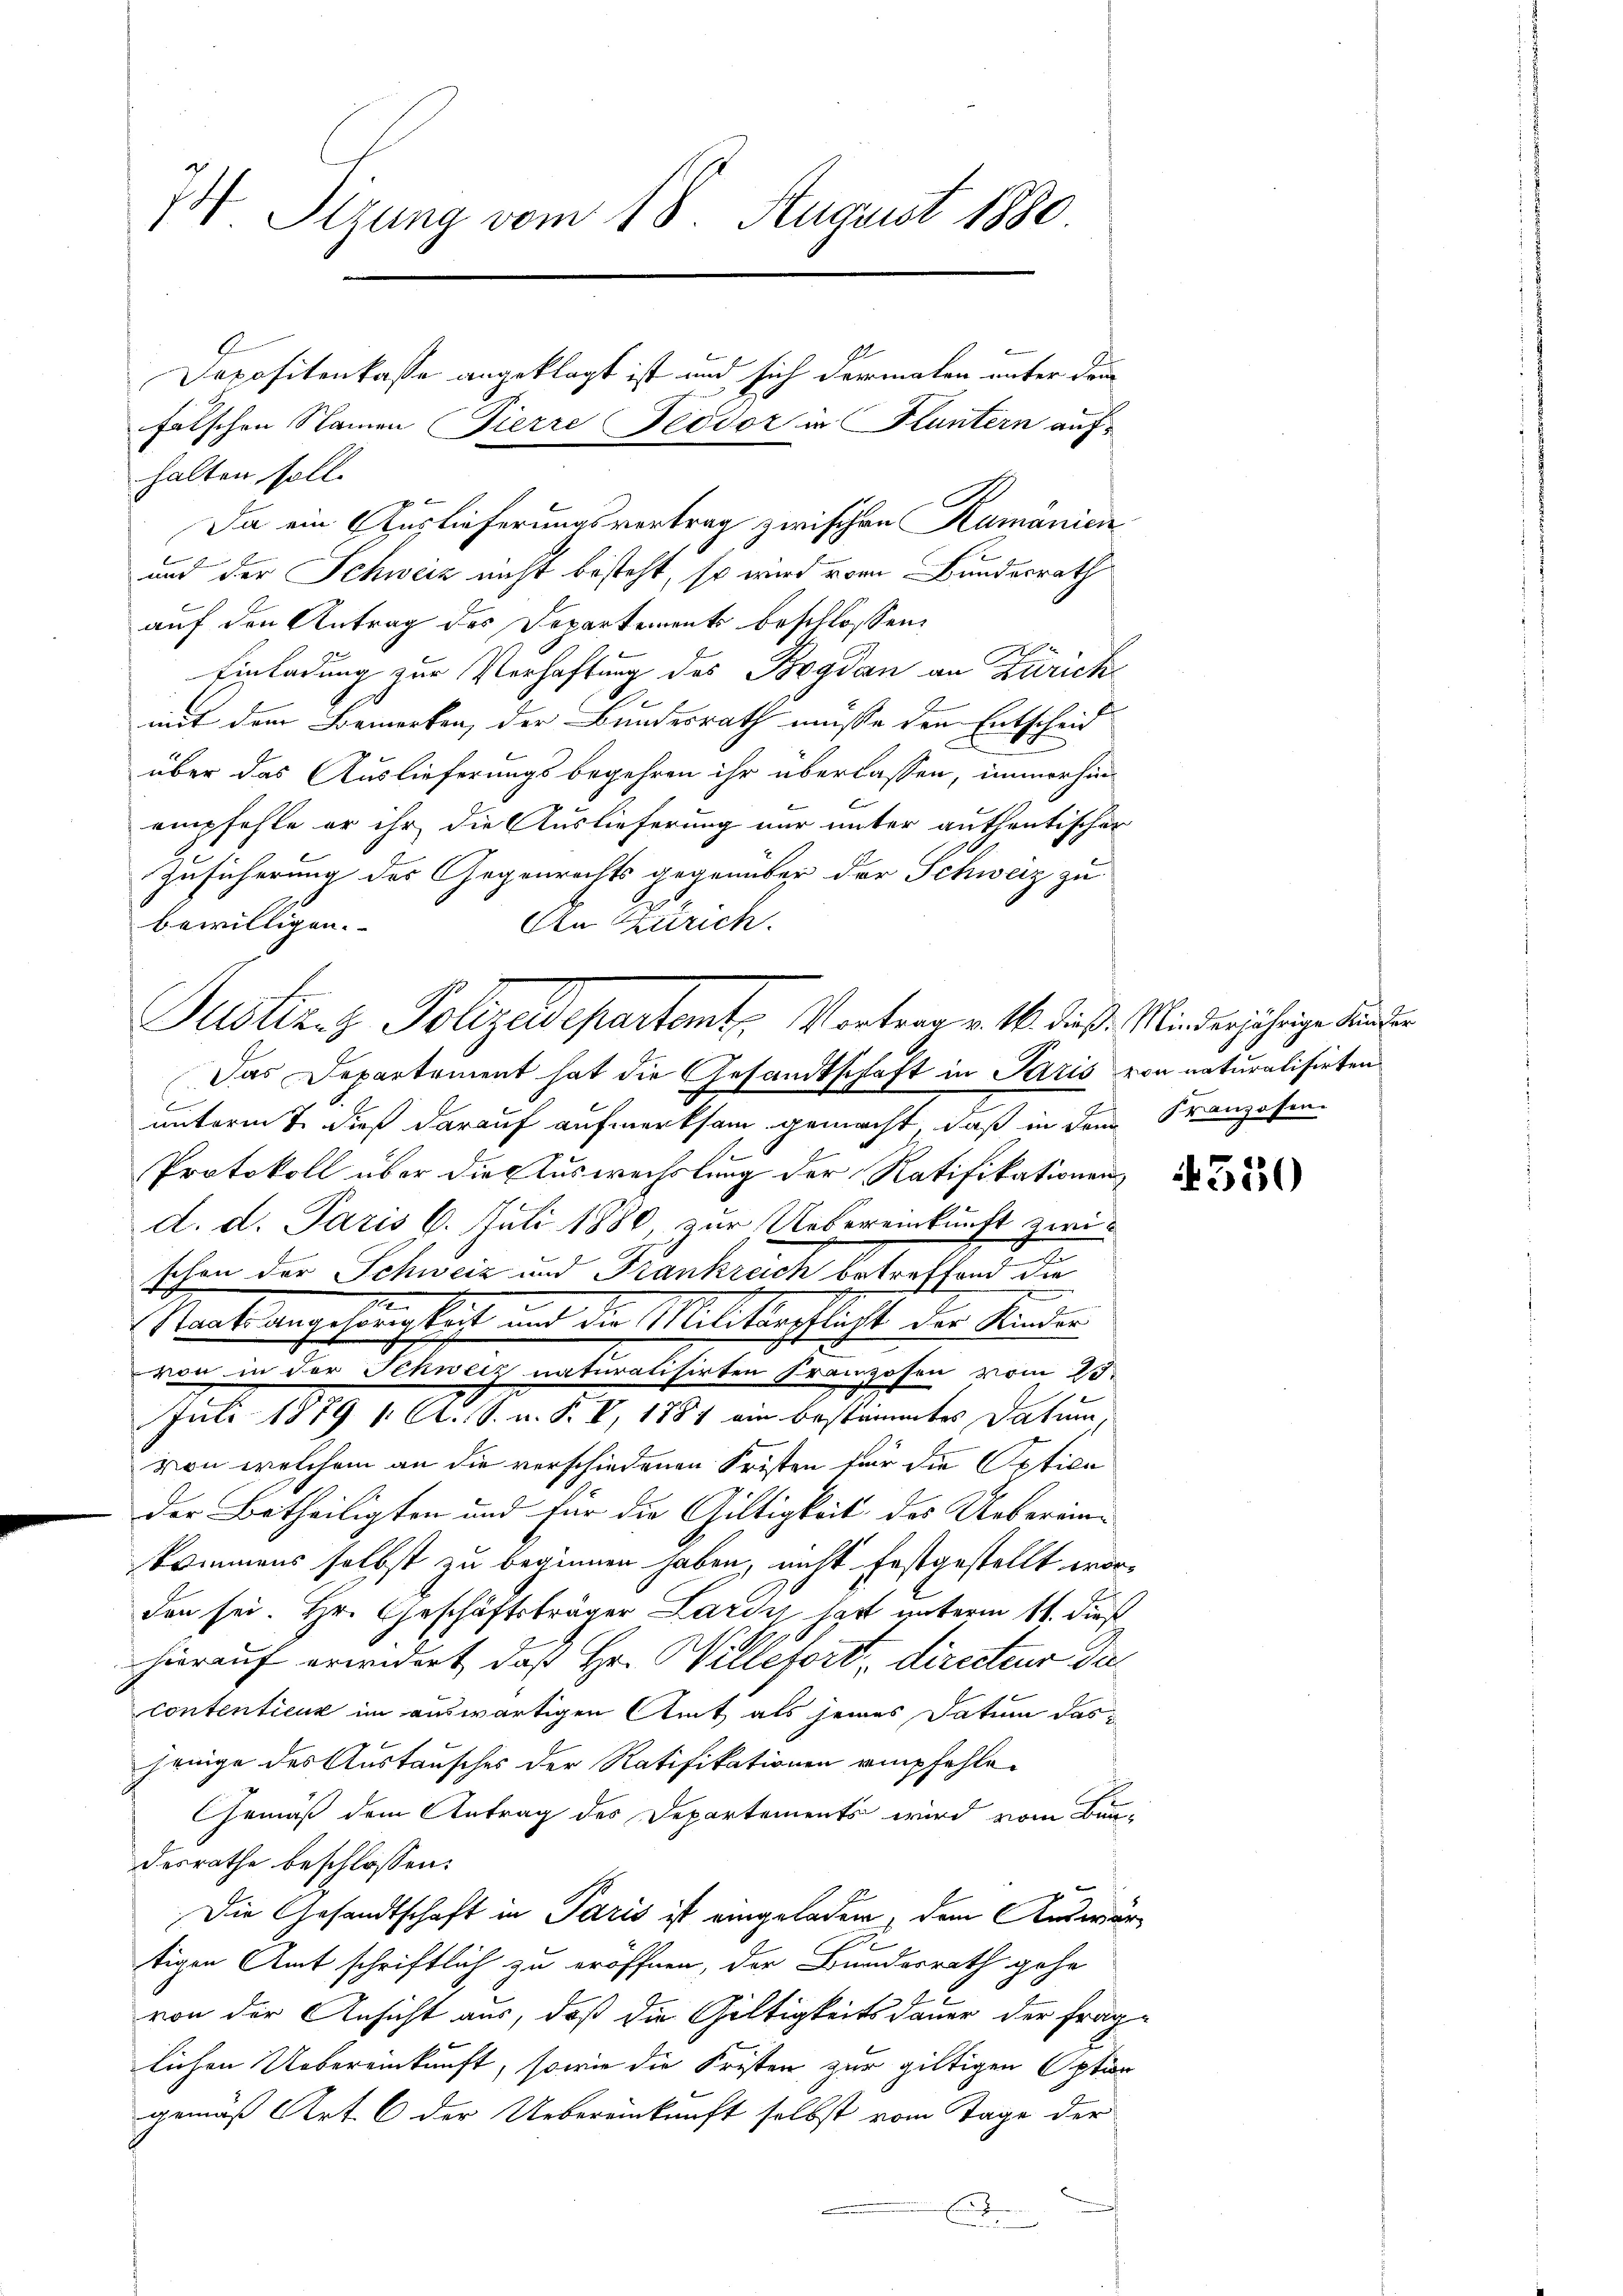
7 Sizung vom 18. August 1880.

halten soll.
Da ein Auslieferungsvortrag zwischen Rumänien
und der Schweiz nicht besteht, so wird vom Bundesrath
auf den Antrag des Departements beschlossen:
Einladung zur Verhaftung des Bagdan an Zürichmit dem Bemerken, der Bundesrath müsse den Entscheid
über das Auslieferungsbegehren ihr überlassen, immerhin
empfehle er ihr die Auslieferung nur unter authentischer
Zusicherung des Gegenrechts gegenüber der Schweiz zu
bewilligen.
An Zürich.
unterm 7. dieß darauf aufmerksam gemacht, daß in dem Kranzosen
Protokoll über die Auswechslung der Ratifikationen
d. d. Paris 6. Juli 1880, zur Uebereinkunft zwi-
schon der Schweiz und Frankreich betreffend die
Staat angehänglich und die Militärpflicht der Kinder
von in der Schweiz naturalisirten Franzosen vom 28.
Juli 1879 1. A. S. v. P. V, 1881 ein bestimmtes Datum,
von welchem an die verschiedenen Fristen für die Optice
der Betheiligten und für die Gültigkeit des Uebereinkommens selbst zu beginnen haben, nicht festgestellt worden sei. Hr. Geschäftsträger Lardi hast unterm 11. dieß
hierauf erundert, daß Hr. Willefort, directeur das
contentienz im auswärtigen Amt als jenes Datum dasjenige des Austausches der Ratifikationen empfehle¬
Gemäß dem Antrag des Departements wird vom Bundesrathe beschlossen:
Die Gesandtschaft in Paris ist eingeladen, dem Auswärtigen Amt schriftlich zu eröffnen, der Bundesrath gehe
von der Ansicht aus, daß die Gültigkeitsdauer der Frag-
lichen Uebereinkunft, sowie die Fristen zur giltigen Option
gemäß Art. 6 der Uebereinkunft selbst vom Tage der
u

Depositenkasse angeklagt ist und sich dermalen unter dem

falschen Stainen (Pierre Fedvor in Fluntern auf

Justiz- & Polizeidepartemt. Vortrag v. M. dieß. Minderjährige Landen
Das Departement hat die Gesandtschaft in Paris von naturalisirten

350